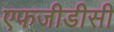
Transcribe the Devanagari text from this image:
एफजीडीसी